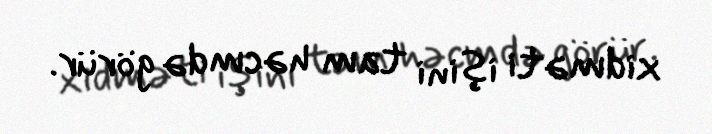
xidməti işini tam həcmdə görür.